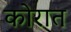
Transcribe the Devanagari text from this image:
कोरात